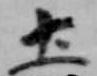
土